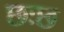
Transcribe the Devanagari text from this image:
छःछ